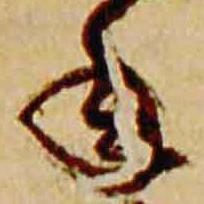
年